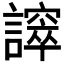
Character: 𧬵